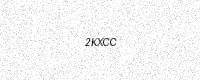
Text: 2KXCC